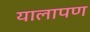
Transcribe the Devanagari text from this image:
यालापण